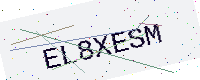
Text: EL8XESM